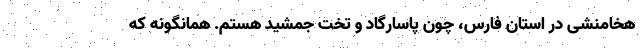
هخامنشی در استان فارس، چون پاسارگاد و تخت جمشید هستم. همانگونه که